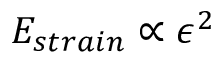
E _ { s t r a i n } \propto \epsilon ^ { 2 }